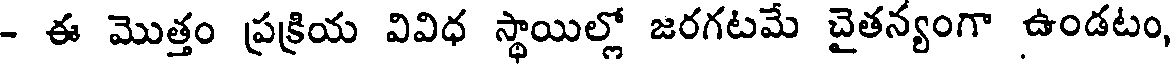
- ఈ మొత్తం ప్రక్రియ వివిధ స్థాయిల్లో జరగటమే చైతన్యంగా ఉండటం,